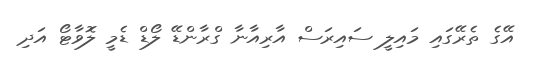
އޭގެ ތެރޭގައި މައިލީ ސައިރަސް އާރިއާނާ ގްރާންޑޭ ލޯޑް ޑެމީ ލޮވާޓޯ އަދި